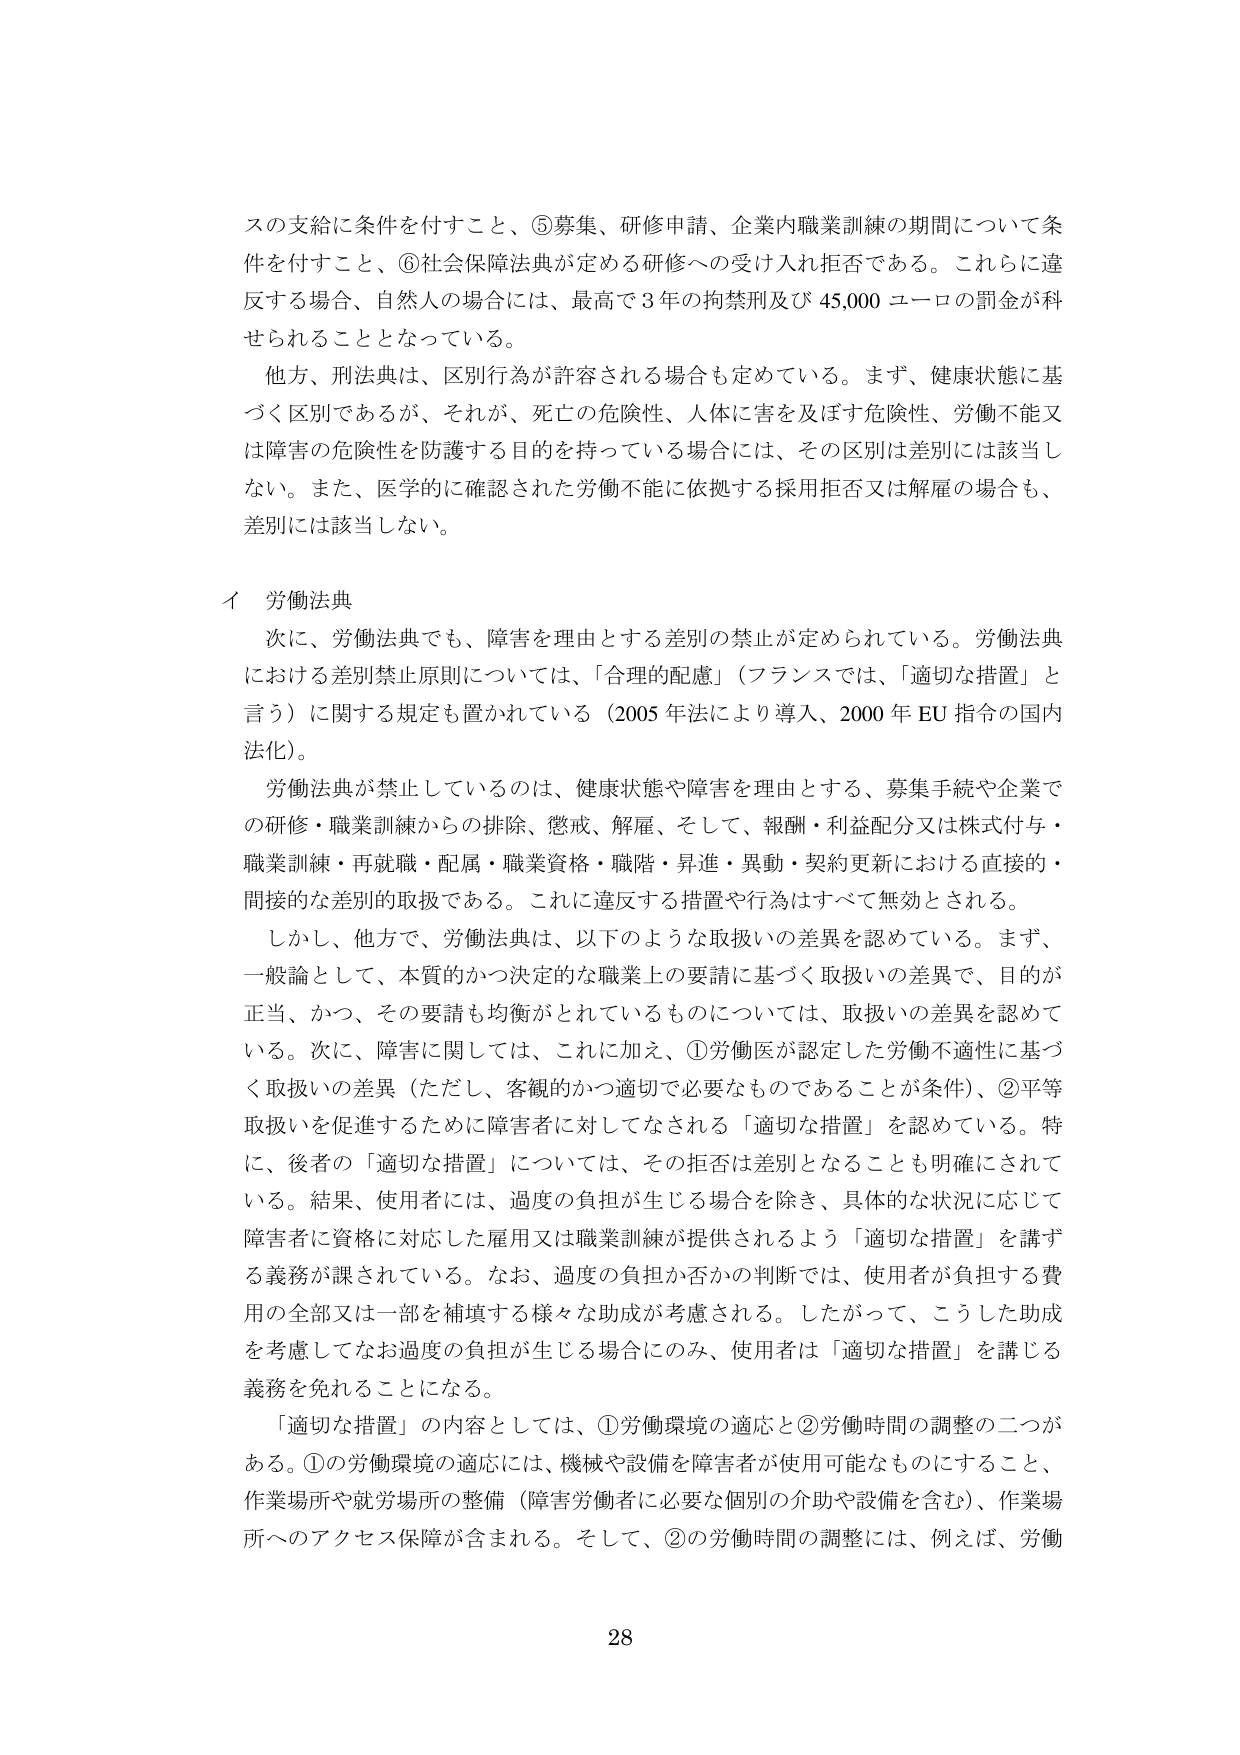
スの支給に条件を付すこと、⑤募集、研修申請、企業内職業訓練の期間について条件を付すこと、⑥社会保障法典が定める研修への受け入れ拒否である。これらに違反する場合、自然人の場合には、最高で3年の拘禁刑及び45,000ユーロの罰金が科せられることとなっている。

他方、刑法典は、区別行為が許容される場合も定めている。まず、健康状態に基づく区別であるが、それが、死亡の危険性、人体に害を及ぼす危険性、労働不能又は障害の危険性を防護する目的を持っている場合には、その区別は差別には該当しない。また、医学的に確認された労働不能に依拠する採用拒否又は解雇の場合も、差別には該当しない。

イ 労働法典

次に、労働法典でも、障害を理由とする差別の禁止が定められている。労働法典における差別禁止原則については、「合理的配慮」（フランスでは、「適切な措置」と言う）に関する規定も置かれている（2005年法により導入、2000年EU指令の国内法化）。

労働法典が禁止しているのは、健康状態や障害を理由とする、募集手続や企業での研修・職業訓練からの排除、懲戒、解雇、そして、報酬・利益配分又は株式付与・職業訓練・再就職・配属・職業資格・職階・昇進・異動・契約更新における直接的・間接的な差別的取扱である。これに違反する措置や行為はすべて無効とされる。

しかし、他方で、労働法典は、以下のような取扱いの差異を認めている。まず、一般論として、本質的かつ決定的な職業上の要請に基づく取扱いの差異で、目的が正当、かつ、その要請も均衡がとれているものについては、取扱いの差異を認めている。次に、障害に関しては、これに加え、①労働医が認定した労働不適性に基づく取扱いの差異（ただし、客観的かつ適切で必要なものであることが条件）、②平等取扱いを促進するために障害者に対してなされる「適切な措置」を認めている。特に、後者の「適切な措置」については、その拒否は差別となることも明確にされている。結果、使用者には、過度の負担が生じる場合を除き、具体的な状況に応じて障害者に資格に対応した雇用又は職業訓練が提供されるよう「適切な措置」を講ずる義務が課されている。なお、過度の負担か否かの判断では、使用者が負担する費用の全部又は一部を補填する様々な助成が考慮される。したがって、こうした助成を考慮してなお過度の負担が生じる場合にのみ、使用者は「適切な措置」を講じる義務を免れることになる。

「適切な措置」の内容としては、①労働環境の適応と②労働時間の調整の二つがある。①の労働環境の適応には、機械や設備を障害者が使用可能なものにすること、作業場所や就労場所の整備（障害労働者に必要な個別の介助や設備を含む）、作業場所へのアクセス保障が含まれる。そして、②の労働時間の調整には、例えば、労働

28